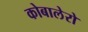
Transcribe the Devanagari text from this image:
कोबालेरो